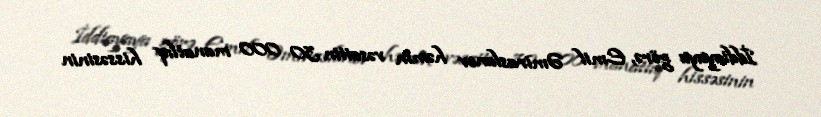
İddiayaya görə, Emil Əmiraslanov həmin vəsaitin 30 000 manatlıq hissəsinin